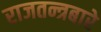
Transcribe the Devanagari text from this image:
राजतन्त्रबारे